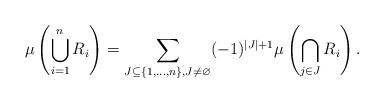
LaTeX: \begin{align*} \mu\left( \bigcup\limits_{i=1}^{n}R_i \right)=\sum\limits_{J\subseteq \{1,\ldots,n\}, J\ne \varnothing} (-1)^{|J|+1} \mu\left( \bigcap\limits_{j\in J} R_i \right).\end{align*}